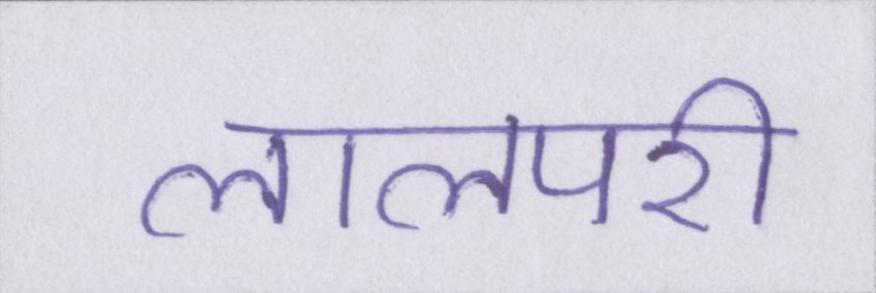
लालपरी